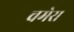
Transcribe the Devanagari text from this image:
चमेरा